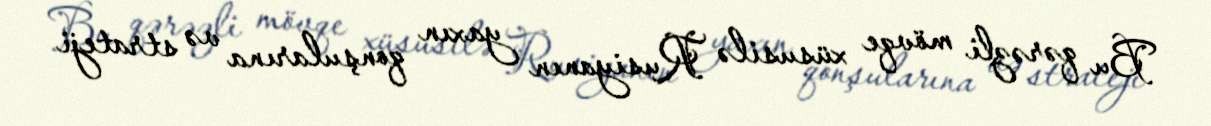
Bu qərəzli mövqe xüsusilə Rusiyanın yaxın qonşularına və strateji